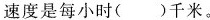
速度是每小时( )千米。